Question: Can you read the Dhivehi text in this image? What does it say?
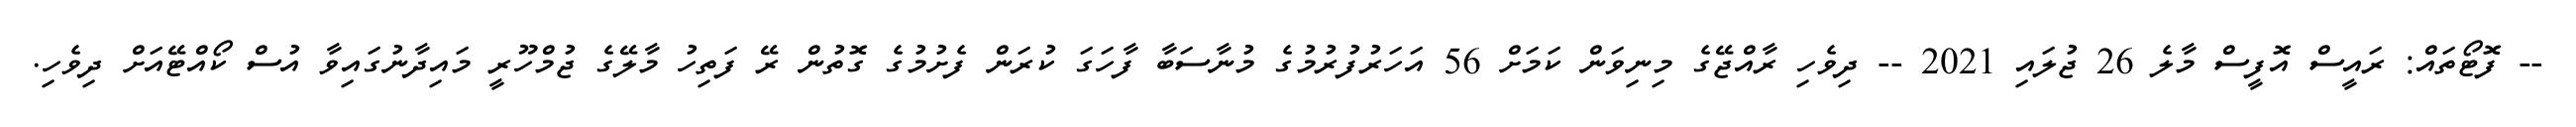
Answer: -- ފޮޓޯތައް: ރައީސް އޮފީސް މާލެ 26 ޖުލައި 2021 -- ދިވެހި ރާއްޖޭގެ މިނިވަން ކަމަށް 56 އަހަރުފުރުމުގެ މުނާސަބާ ފާހަގަ ކުރަން ފެށުމުގެ ގޮތުން ރޭ ފަތިހު މާލޭގެ ޖުމްހޫރީ މައިދާނުގައިވާ އުސް ކޯއްޓޭއަށް ދިވެހި.